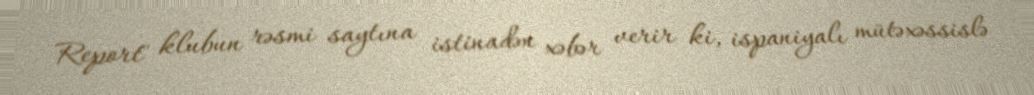
Report" klubun rəsmi saytına istinadən xəbər verir ki, ispaniyalı mütəxəssislə